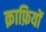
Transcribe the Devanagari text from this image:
क़ाफ़ियों